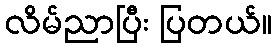
လိမ်ညာပြီး ပြတယ်။